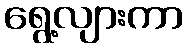
ရွေ့လျားကာ